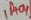
Text: IP+04